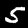
Label: 5